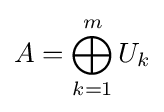
A=\bigoplus _{k=1}^{m}U_{k}